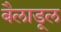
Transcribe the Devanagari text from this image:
बैलाडूल